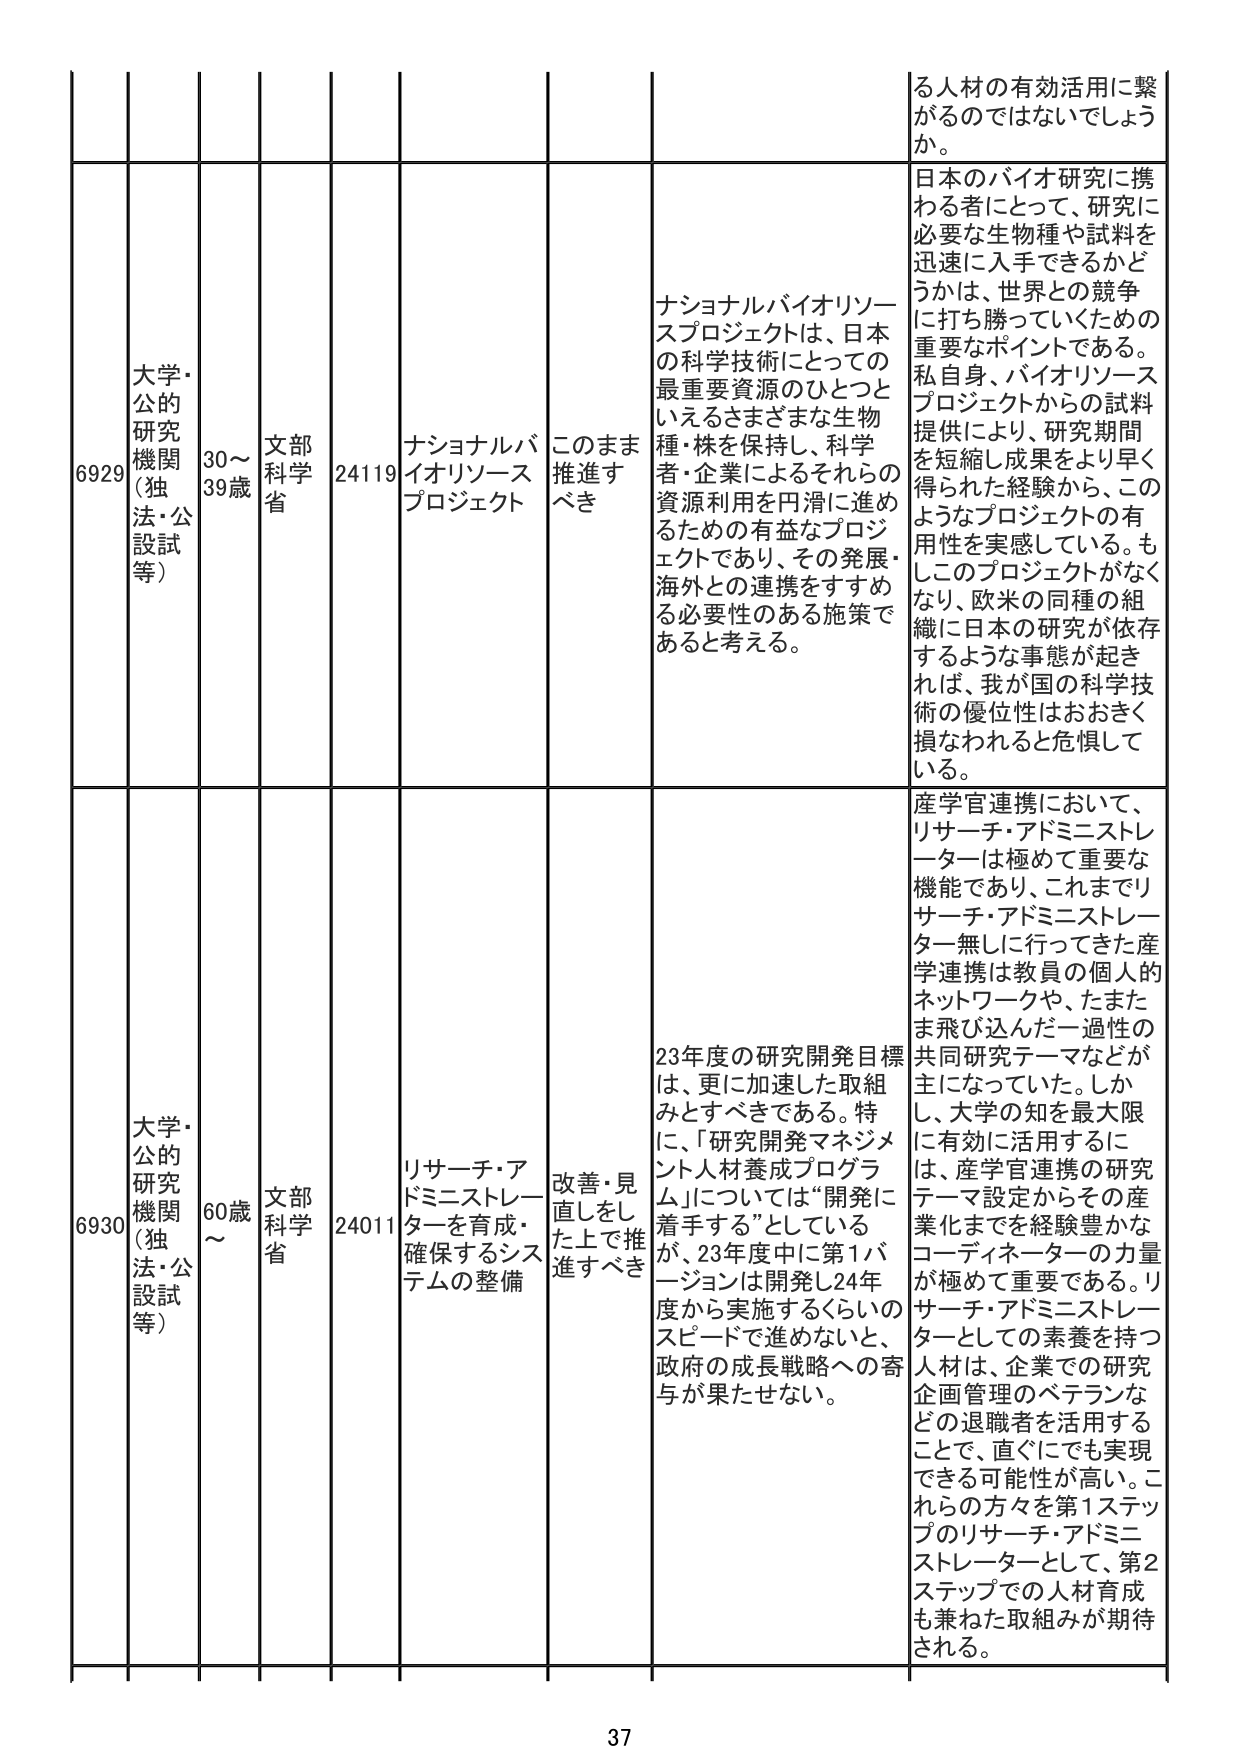
6929 大学・公的研究機関（独法・公設試等） 30～39歳 文部科学省 24119 ナショナルバイオリソースプロジェクト このまま推進すべき ナショナルバイオリソースプロジェクトは、日本の科学技術にとっての最重要資源のひとつといえるさまざまな生物種・株を保持し、科学者・企業によるそれらの資源利用を円滑に進めるための有益なプロジェクトであり、その発展・海外との連携をすすめる必要性のある施策であると考える。 日本のバイオ研究に携わる者にとって、研究に必要な生物種や試料を迅速に入手できるかどうかは、世界との競争に打ち勝っていくための重要なポイントである。私自身、バイオリソースプロジェクトからの試料提供により、研究期間を短縮し成果をより早く得られた経験から、このようなプロジェクトの有用性を実感している。もしこのプロジェクトがなくなり、欧米の同種の組織に日本の研究が依存するような事態が起きれば、我が国の科学技術の優位性はおおきく損なわれる危惧している。 6930 大学・公的研究機関（独法・公設試等） 60歳～ 文部科学省 24011 リサーチ・アドミニストレーターを育成・確保するシステムの整備 改善・見直しをした上で推進すべき 23年度の研究開発目標は、更に加速した取組みとすべきである。特に、「研究開発マネジメント人材養成プログラム」については「開発に着手する」としているが、23年度中に第1バージョンは開発し24年度から実施するくらいのスピードで進めないと、政府の成長戦略への寄与が果たせない。 産学官連携において、リサーチ・アドミニストレーターは極めて重要な機能であり、これまでリサーチ・アドミニストレーター無しに行ってきた産学連携は教員の個人的ネットワークや、たまたま飛び込んだ一過性の共同研究テーマなどが主になっていた。しかし、大学の知を最大限に有効に活用するには、産学官連携の研究テーマ設定からその産業化までを経験豊かなコーディネーターの力量が極めて重要である。リサーチ・アドミニストレーターとしての素養を持つ人材は、企業での研究企画管理のベテランなどの退職者を活用することで、直ぐにでも実現できる可能性が高い。これらの方々を第1ステップのリサーチ・アドミニストレーターとして、第2ステップでの人材育成も兼ねた取組みが期待される。 37